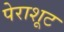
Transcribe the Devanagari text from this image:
पेराशूट